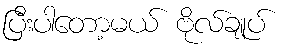
ပြီးပါတော့မယ် ဗိုလ်ချုပ်